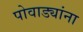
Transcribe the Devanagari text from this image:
पोवाड्यांना